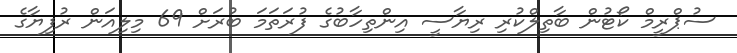
ސުޕްރީމް ކޯޓުން ބާތިލްކުރި ރިޔާސީ އިންތިހާބުގެ ފުރަތަމަ ބުރަށް 69 މިލިއަން ރުފިޔާގެ